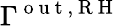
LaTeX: \Gamma^{\mathrm{~o~u~t~,~R~H~}}